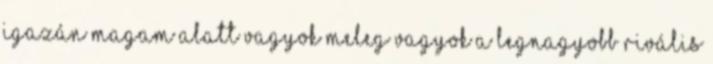
igazán magam alatt vagyok Meleg vagyok A legnagyobb Rivális